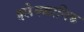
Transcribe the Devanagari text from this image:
इलेक्क्त्रानिक